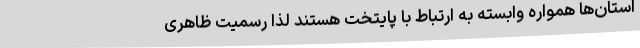
استان‌ها همواره وابسته به ارتباط با پایتخت هستند لذا رسمیت ظاهری